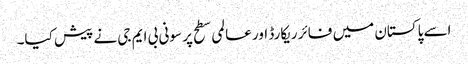
اسے پاکستان میں فائر ریکارڈ اور عالمی سطح پر سونی بی ایم جی نے پیش کیا۔